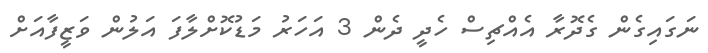
ނަގައިގެން ގެދޮރާ އެއްޗިސް ހެދީ ދެން 3 އަހަރު މަޑުކޮށްލާފަ އަލުން ވަޒީފާއަށް